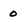
Character: 0